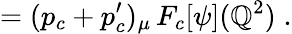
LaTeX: =(p_{c}+p_{c}^{\prime})_{\mu}\, F_{c}[\psi](\mathbb{Q}^{2})\; .